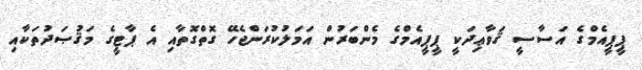
ޕީޕީއެމްގެ އަސާސީ ޤަވާޢިދަކީ ޕީޕީއެމްގެ މެންބަރުން އަމަލުކުރަންޖެހޭ ގޮތްގޮތާއި އެ ޕާޓީގެ މަޤުޞަދުތަކާއި